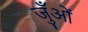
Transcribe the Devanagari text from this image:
जुँओं